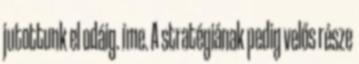
jutottunk el odáig. íme. A stratégiának pedig velős része